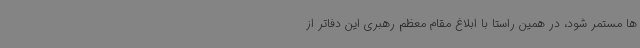
ها مستمر شود، در همین راستا با ابلاغ مقام معظم رهبری این دفاتر از